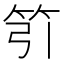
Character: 䇙